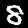
Label: 8